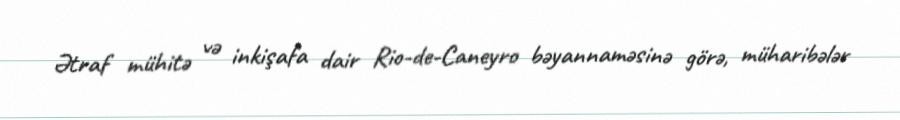
Ətraf mühitə və inkişafa dair Rio-de-Caneyro bəyannaməsinə görə, müharibələr